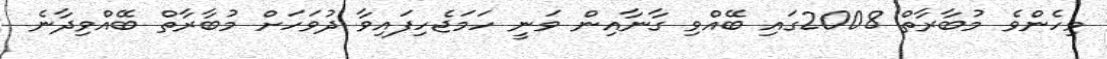
މިހެންވެ މުބާރާތް 2008ގައި ބޭއްވި ގާނާއިން ވަނީ ހަމަޖެހިފައިވާ ދުވަހަށް މުބާރާތް ބޭއްވިދާނެ